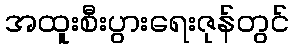
အထူးစီးပွားရေးဇုန်တွင်